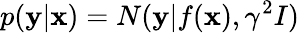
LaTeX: p(\textbf{y}|\textbf{x})=N(\textbf{y}|f(\textbf{x}),\gamma^{2}I)